NAE_kihelkonnakohtute_kirjad_ja_protokollid_1869-1889, lk 9
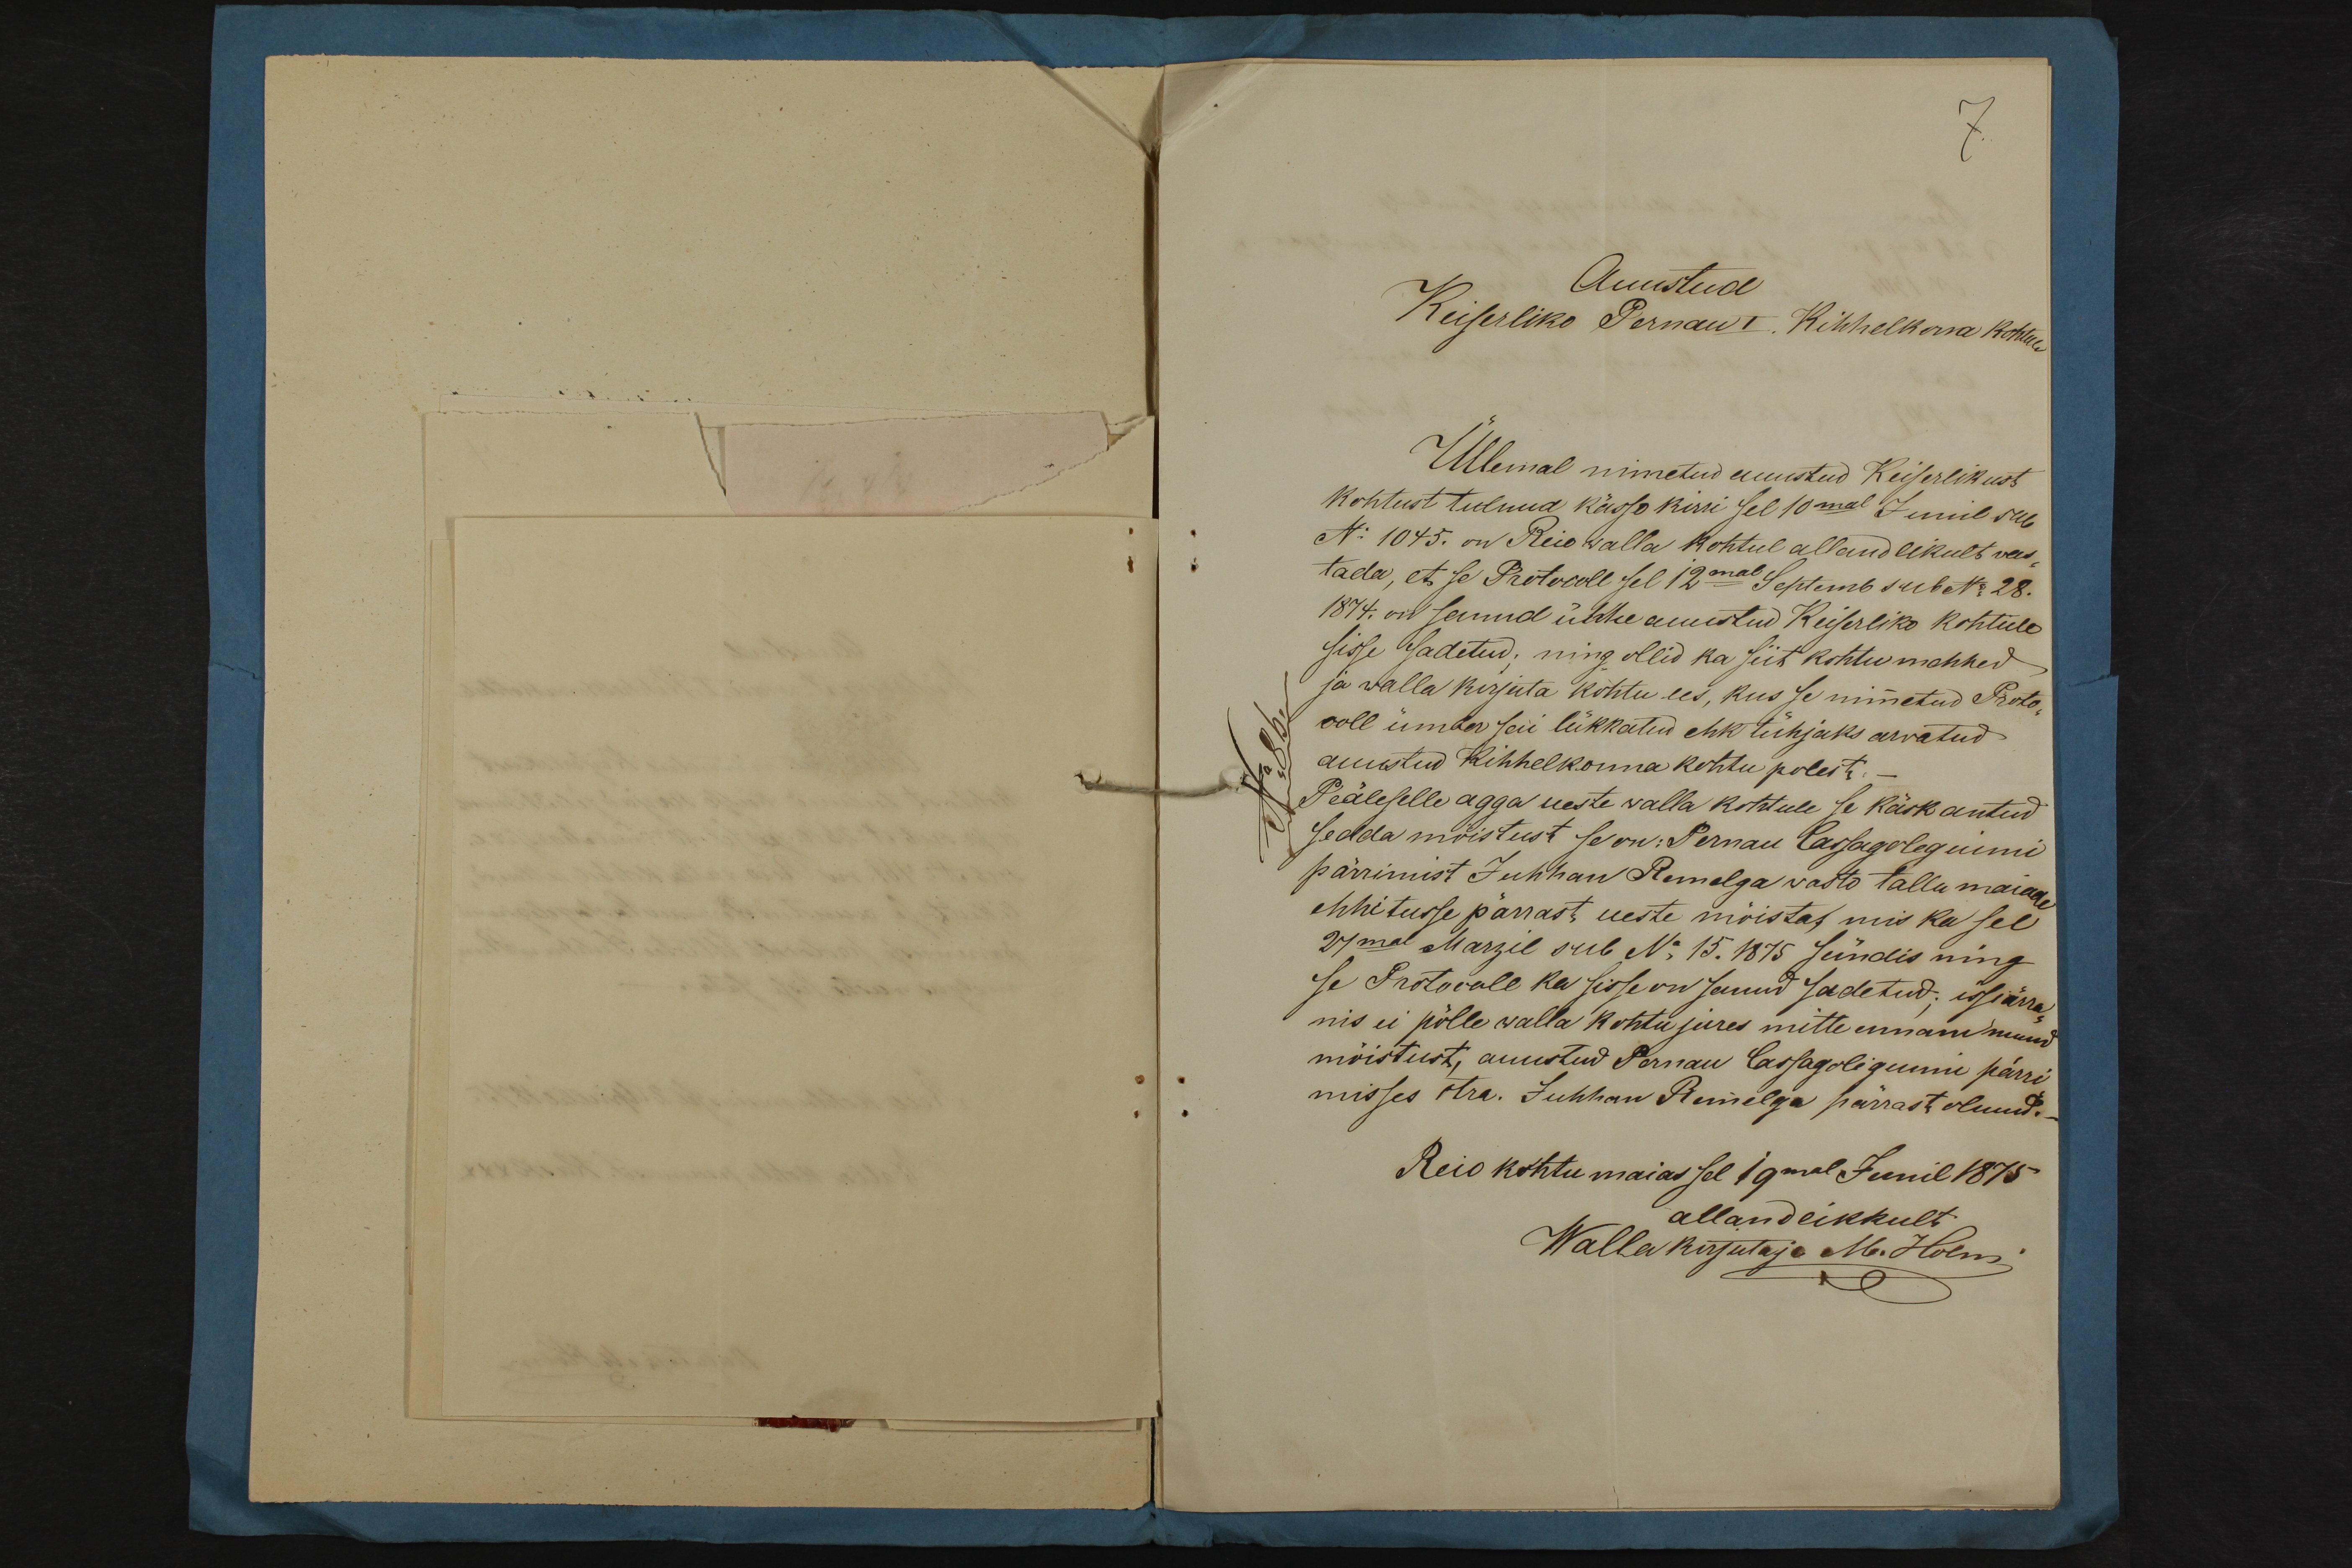
Auustud
Keiserliko Pernau I. Kihhelkona kohtule
Üllemal nimetud auustud Keiserlikust
kohtust tulnud kässo kiri sel 10mal Junil sub.
N: 1045. on Reio walla kohtul allandlikult vas-
tada, et se Protocoll sel 12mal Sеptemb sub No 28.
1874. on sanud ühhe auustud Keiserliko kohtule
sisse sadetud, ning ollid ka siit kohtumehhed
ja walla kirjuta kohtu ees, kus se nimetud Proto-
coll ümber sai lükkatud ehk tühjaks arvatud
auustud Kihhelkonna kohtu polest.-
Peäleselle agga ueste walla kohtule se käsk antud
sedda moistust se on: Pernau Cassagolegiumi
pärrimist Juhhan Remelga wasto tallu maiade
ehhitusse pärrast ueste mõistas mis ka sel
24mal Marzil sub N: 15.1875 sündis ning
se Protocoll ka sisse on sanud sadetud; issiärra-
nis ei põlle walla kohtu jures mitte ennam muud
mõistust, auustud Pernau Cassagoligiumu pärri-
misses ctra. Juhhan Remelga pärrast olnud.
Reio kohtu maias sel 19mal Junil 1875.
allandlikkult
Wallakirjutaja M. Holm